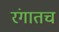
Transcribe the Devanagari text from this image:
रंगातच